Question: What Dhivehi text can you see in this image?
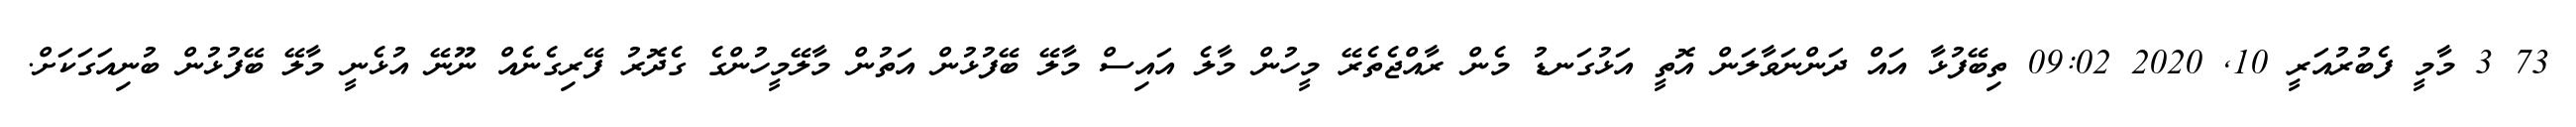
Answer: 73 3 މާމީ ފެބުރުއަރީ 10, 2020 09:02 ތިބޭފުޅާ އައް ދަންނަވާލަން އޮތީ އަޅުގަނޑު މެން ރާއްޖެތެރޭ މީހުން މާލެ އައިސް މާލޭ ބޭފުޅުން އަތުން މާލޭމީހުންގެ ގެދޮރު ފޭރިގެނެއް ނޫނޭ އުޅެނީ މާލޭ ބޭފުޅުން ބުނިއަގަކަށް.